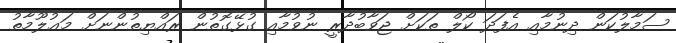
ސަމާލުކަން ދިނުމާއި އެފަދަ ކޯލް ތަކަށް ޖަވާބުދާރީ ނުވުމާއި ގުޅޭގޮތުން ރައްޔިތުންނަށް މަޢުލޫމާތު